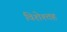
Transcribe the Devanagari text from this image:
विशेश्तह